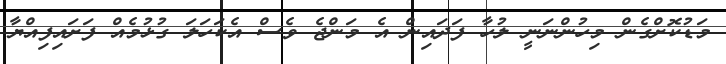
މަޑުކޮށްގެން މިހުންނަނީ ލުހާ ފަދައިން އެ މަންޖެ ވެސް އެކަހަލަ ގުޅުމެއް ފަށައިފިއްޔާ